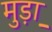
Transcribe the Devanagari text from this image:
मुड़ा़